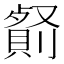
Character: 𠠋